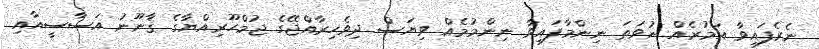
ނެރެފައިވާ އަމުރެއް ނުވަތަ ނިންމާފައިވާ ނިންމުމެއް ވިޔަސް ދިވެހިރާއްޖޭގެ ޖުމްހޫރިއްޔާގެ ޤާނޫނު އަސާސީއާއި